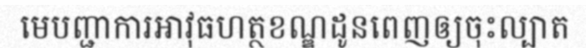
មេបញ្ជាការអាវុធហត្ថខណ្ឌដូនពេញឲ្យចុះល្បាត